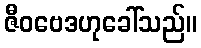
ဇီဝဗေဒဟုခေါ်သည်။